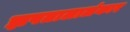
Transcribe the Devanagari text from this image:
झपतालालंकार